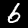
Digit: 6